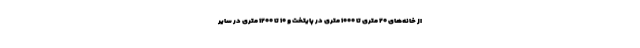
از خانه‌های ۲۰ متری تا ۱۰۰۰ متری در پایتخت و ۱۰ تا ۱۲۰۰ متری در سایر